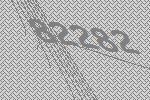
82282